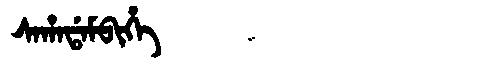
Manchu: ᠰᠠᡥᠠᡩᠠᠮᠪᡳᡥᡝ
Romanization: SAHADAMBIHE